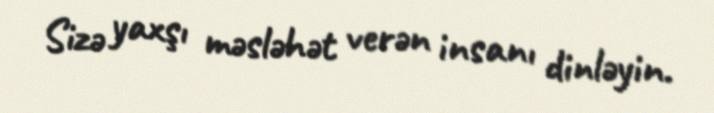
Sizə yaxşı məsləhət verən insanı dinləyin.